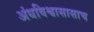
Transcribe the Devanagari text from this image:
अंधविश्वासासाच